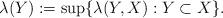
LaTeX: \begin{align*}\lambda(Y) :=\sup\lbrace\lambda(Y,X):Y\subset X\rbrace.\end{align*}